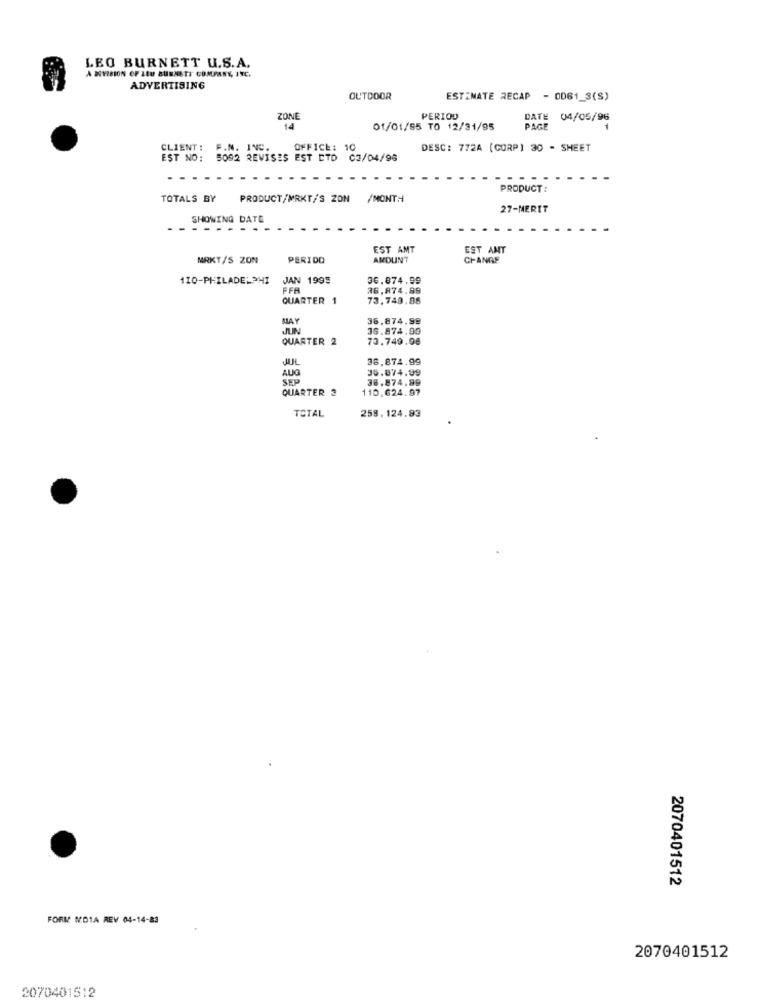
LEO BURNETT U.S.A.
A DIVISION OF LEU BURNETT COMPANY, INC.
ADVERTISING
OUTDOOR
ESTIMATE RECAP - OD61_3(S)
ZONE
PERIOD
DATE
04/05/96
14
01/01/95 TO 12/31/95
PAGE
CLIENT :
P.N. INC.
OFFICE: 10
DESC: 772A (CORP) 30 - SHEET
EST NO:
5092 REVISES EST CTD 03/04/98
PRODUCT:
TOTALS BY
PRODUCT/MRKT/S ZON /MONTH
27-MERIT
SHOWING DATE
---....
EST AMT
EST AMT
NRKT/S ZON
PERIDO
AMOUNT
CHANGE
110-PHILADELPHI
JAN 1995
36,874.99
FFR
26,874.89
QUARTER 1
73.749.98
MAY
36,874.99
JUN
36.874.99
QUARTER 2
70.749.98
38.874.99
AUG
36.874.99
SEP
38.874.99
QUARTER 2
110.624.97
TOTAL
258.124.93
2070401512
FORM MOTA REV 04-14-83
2070401512
2070401512